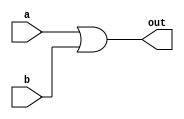
module my_or(out,a,b);
  output out;
  input a,b;
  
  or myor1(out,a,b);
  
endmodule